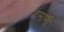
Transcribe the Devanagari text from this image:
दमानी